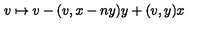
v \mapsto v - ( v , x - n y ) y + ( v , y ) x